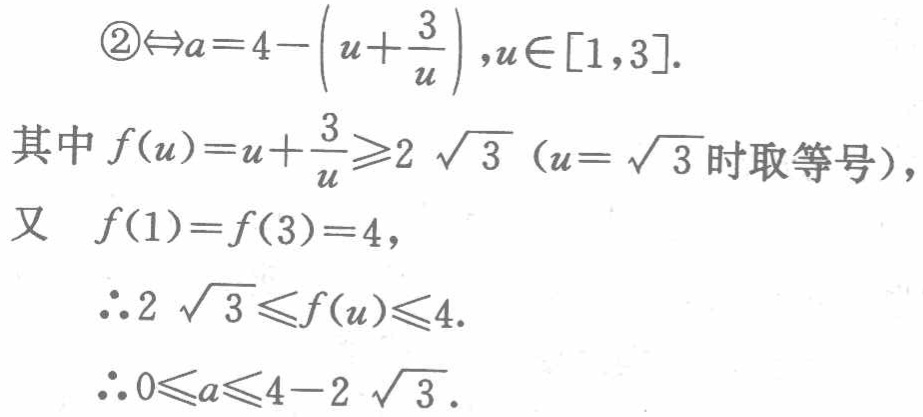
\begin{align*}

\textcircled{2}&\Leftrightarrow a = 4-\left(u+\frac{3}{u}\right),u\in[1,3].\\

\text{其中 }f(u)&=u+\frac{3}{u}\geqslant2\sqrt{3}\ (\ u = \sqrt{3}\text{ 时取等号}),\\

\text{又 }f(1)&=f(3)=4,\\

\therefore 2\sqrt{3}&\leqslant f(u)\leqslant4.\\

\therefore 0&\leqslant a\leqslant4 - 2\sqrt{3}.

\end{align*}